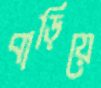
বাড়িয়ে